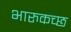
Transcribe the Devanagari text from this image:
भारुकच्छ